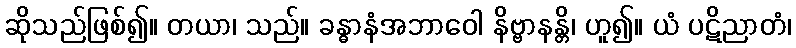
ဆိုသည်ဖြစ်၍။ တယာ၊ သည်။ ခန္ဓာနံအဘာဝေါ နိဗ္ဗာနန္တိ၊ ဟူ၍။ ယံ ပဋိညာတံ၊